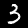
Digit: 3